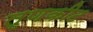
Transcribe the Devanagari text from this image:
तृणकीट